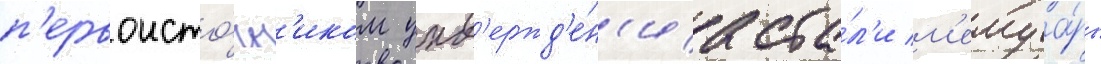
п'ервоисто́чн'иком утв'ержд'е́н'иа ста́л'и м'емуа́ры